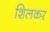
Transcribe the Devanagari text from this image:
शिलकर